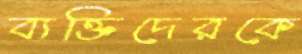
ব্যক্তিদেরকে